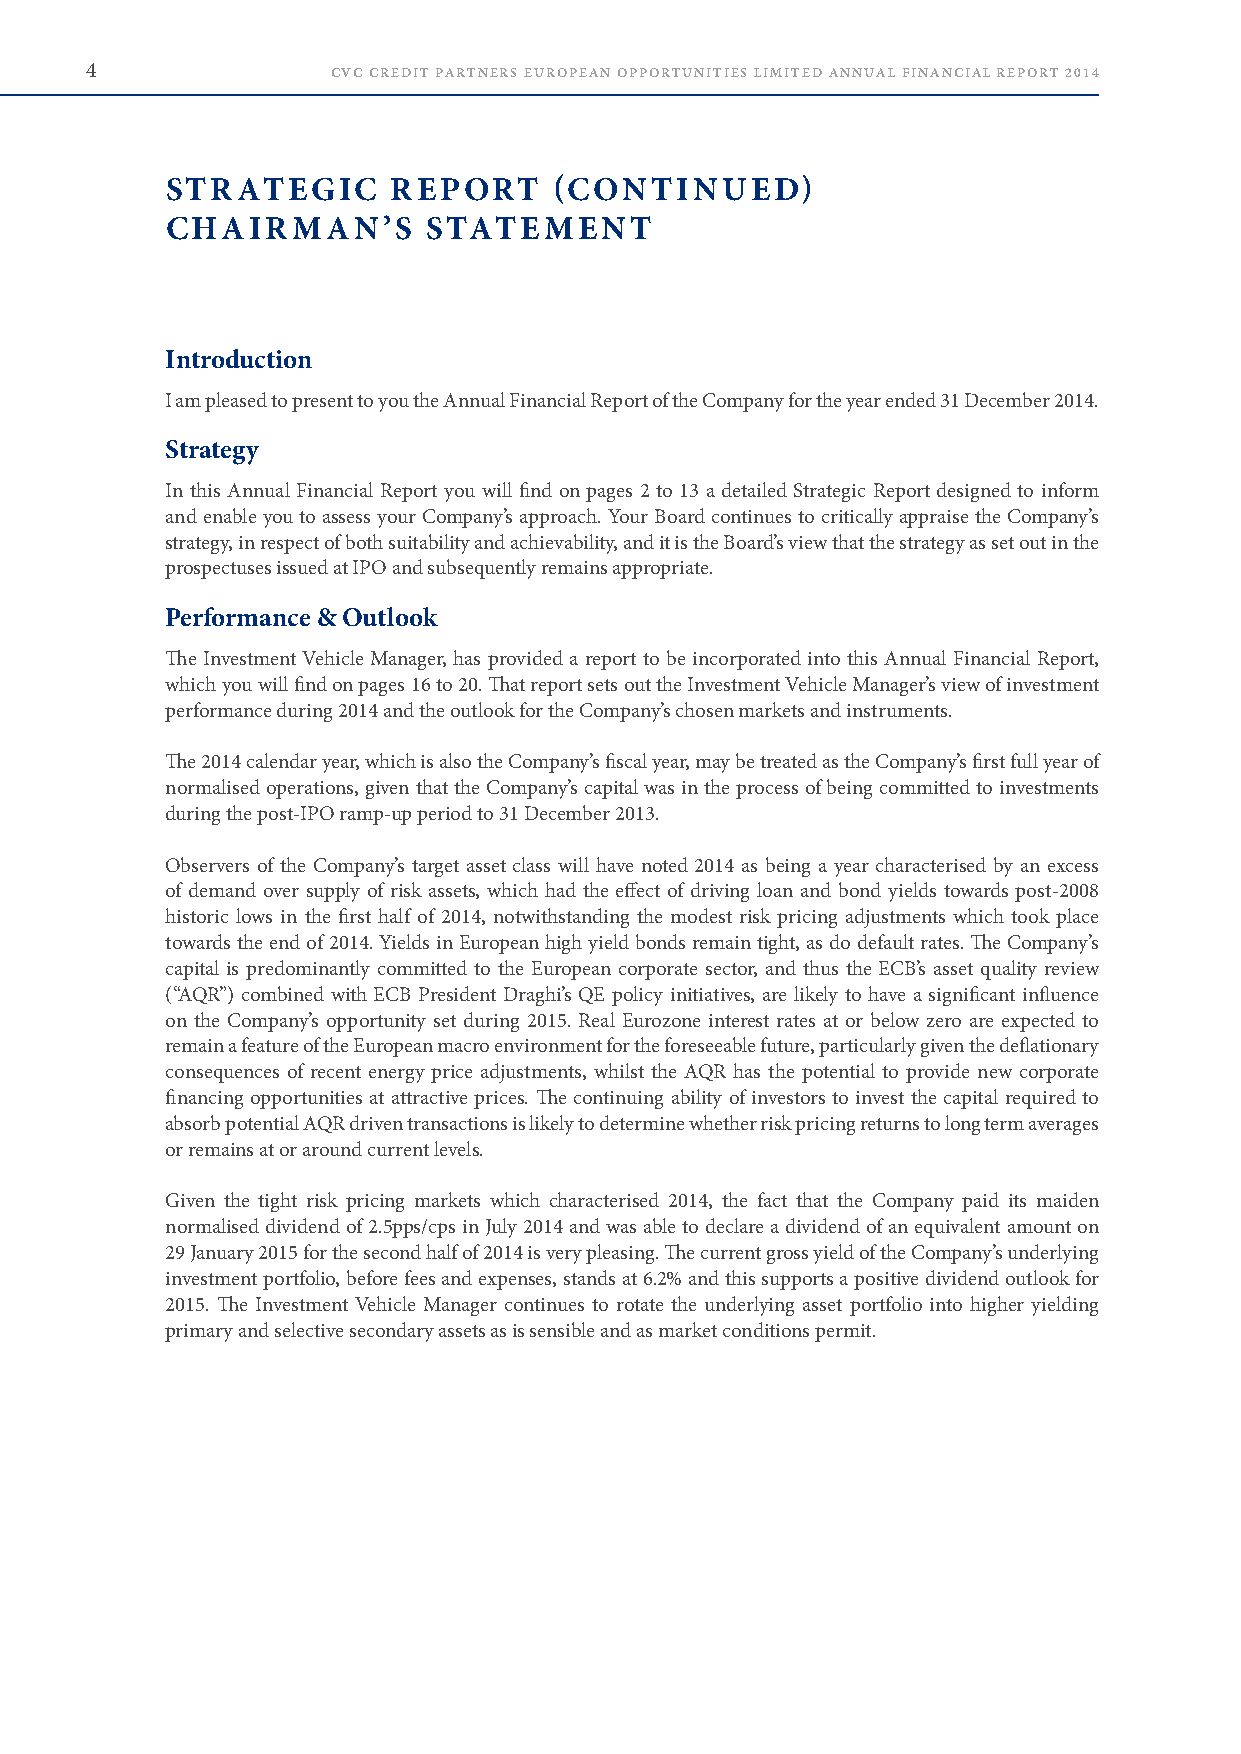
4               CVC CREDIT PARTNERS EUROPEAN OPPORTUNITIES LIMITED ANNUAL FINANCIAL REPORT 2014
 STRATEGIC      REPORT     (CONTINUED)
 CHAIRMAN’S       STATEMENT
 Introduction
 I am pleased to present to you the Annual Financial Report of the Company for the year ended 31 December 2014 .
 Strategy
 In this Annual Financial Report you will find on pages 2 to 13 a detailed Strategic Report designed to inform
 and enable you to assess your Company’s approach . Your Board continues to critically appraise the Company’s
 strategy, in respect of both suitability and achievability, and it is the Board’s view that the strategy as set out in the
 prospectuses issued at IPO and subsequently remains appropriate .
 Performance & Outlook
 The Investment Vehicle Manager, has provided a report to be incorporated into this Annual Financial Report,
 which you will find on pages 16 to 20 . That report sets out the Investment Vehicle Manager’s view of investment
 performance during 2014 and the outlook for the Company’s chosen markets and instruments .
 The 2014 calendar year, which is also the Company’s fiscal year, may be treated as the Company’s first full year of
 normalised operations, given that the Company’s capital was in the process of being committed to investments
 during the post-IPO ramp-up period to 31 December 2013 .
 Observers of the Company’s target asset class will have noted 2014 as being a year characterised by an excess
 of demand over supply of risk assets, which had the effect of driving loan and bond yields towards post-2008
 historic lows in the first half of 2014, notwithstanding the modest risk pricing adjustments which took place
 towards the end of 2014 . Yields in European high yield bonds remain tight, as do default rates . The Company’s
 capital is predominantly committed to the European corporate sector, and thus the ECB’s asset quality review
 (“AQR”) combined with ECB President Draghi’s QE policy initiatives, are likely to have a significant influence
 on the Company’s opportunity set during 2015 . Real Eurozone interest rates at or below zero are expected to
 remain a feature of the European macro environment for the foreseeable future, particularly given the deflationary
 consequences of recent energy price adjustments, whilst the AQR has the potential to provide new corporate
 financing opportunities at attractive prices . The continuing ability of investors to invest the capital required to
 absorb potential AQR driven transactions is likely to determine whether risk pricing returns to long term averages
 or remains at or around current levels .
 Given the tight risk pricing markets which characterised 2014, the fact that the Company paid its maiden
 normalised dividend of 2 .5pps/cps in July 2014 and was able to declare a dividend of an equivalent amount on
 29 January 2015 for the second half of 2014 is very pleasing . The current gross yield of the Company’s underlying
 investment portfolio, before fees and expenses, stands at 6 .2% and this supports a positive dividend outlook for
 2015 . The Investment Vehicle Manager continues to rotate the underlying asset portfolio into higher yielding
 primary and selective secondary assets as is sensible and as market conditions permit .